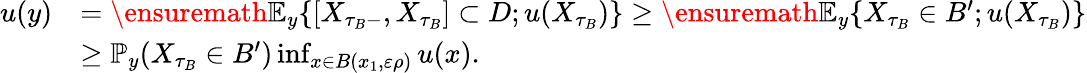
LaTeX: \begin{array}{rl}{u(y)}&{=\ensuremath{\mathbb{E}}_{y}\{ [X_{\tau_{B}-},X_{\tau_{B}}]\subset D;u(X_{\tau_{B}})\} \geq\ensuremath{\mathbb{E}}_{y}\{ X_{\tau_{B}}\in B^{\prime};u(X_{\tau_{B}})\} }\\ &{\geq\mathbb{P}_{y}(X_{\tau_{B}}\in B^{\prime})\operatorname*{inf}_{x\in B(x_{1},\varepsilon\rho)}u(x).}\end{array}